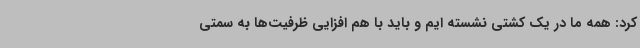
کرد: همه ما در یک کشتی نشسته ایم و باید با هم افزایی ظرفیت‌ها به سمتی